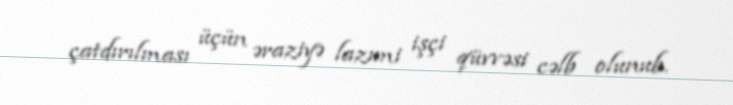
çatdırılması üçün əraziyə lazımi işçi qüvvəsi cəlb olunub.